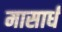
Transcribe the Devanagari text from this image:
मासार्धं